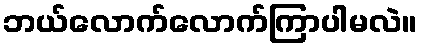
ဘယ်လောက်လောက်ကြာပါမလဲ။